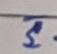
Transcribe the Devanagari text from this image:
३